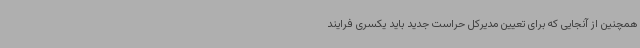
همچنین از آنجایی که برای تعیین مدیرکل حراست جدید باید یکسری فرایند